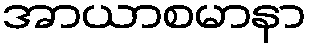
အာယာစမာနာ